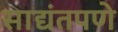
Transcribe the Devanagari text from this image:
साद्यंतपणे